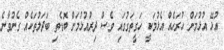
އުޅޭ އުޅުމަށް ހުރަހެއް އެޅުމަކީ ހަގީތަގުގައި ވެސް ދިރުއުޅުމަށް ބޮޑެތި ބަދަލުތަކެއް ގެނުވާނެ